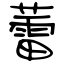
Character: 蕾